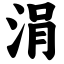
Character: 涓